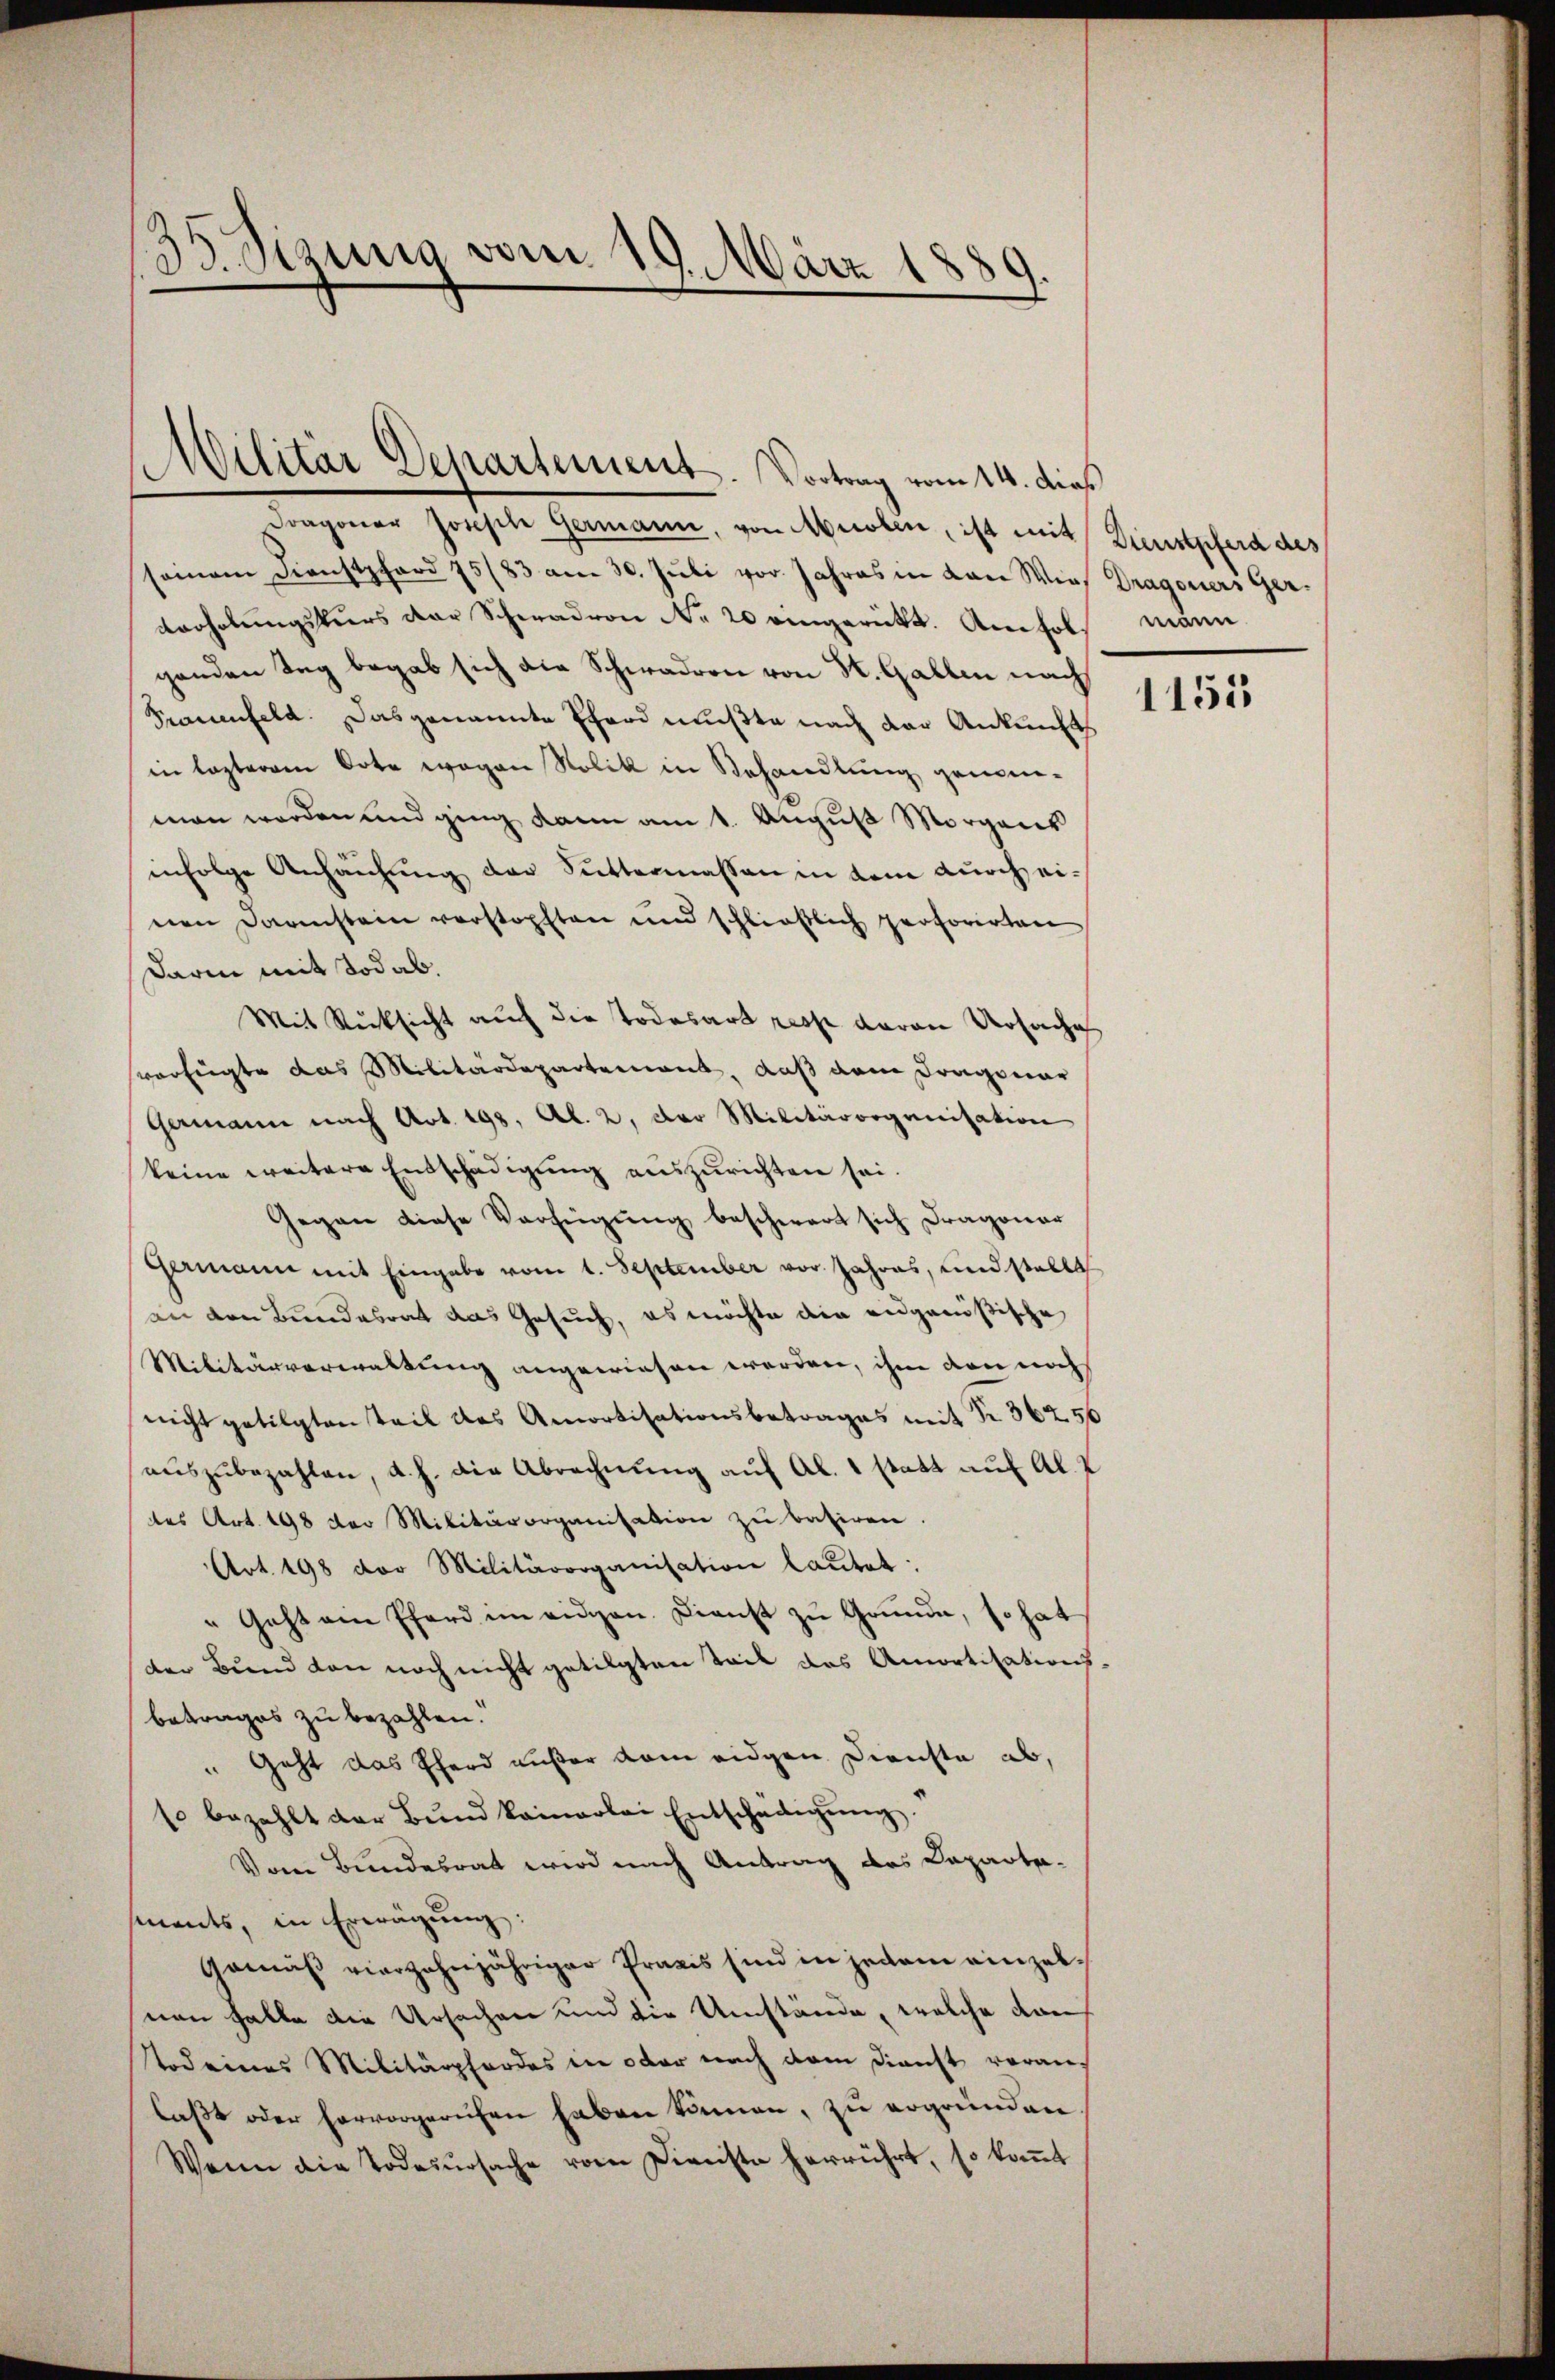
35. Sizung vom 19. März 1889.

Militär Departement. Vortrag vom 14. dieß

Dragoner Joseph Germann, von Muolen, ist mit Dienstpferd des
seinem Dienstpfard 75/83 am 30. Juli vor. Jahres in von Wies Dragoniers Gerverholungskurs der Schwadron No 20 eingerückt. Angehol
ganden Tag begab sich die Schwadron von K. Gallen nach
Prauenfeld. Das genannte Eferd mußte nach der Ankunft
in lezterem Orte wegen Nolik in Behandlung genomman worden und ging kann am 1. August Morgens
infolge Anhausung der Suttermassen in dem durch einen Darinstein verstopften und schließlich perforirten
Darin mit Tod ab.
Mit Rücksicht auch die Todesart resse daran Ursache
verfügte das Militärdepartement, daß dem Dragonar
Germann nach Art. 198, Al. 2, der Militärorganisation
keine weitere Entschädigung auszurichten sei.
Gegen diese Verfügung beschwert sich Dragonar
Germann mit Eingabe vom 1. September vor Jahres, und stellt
an den Bundesrat das Gesuch, es möchte die eidgenößische
Militärverwaltung angewiesen werden, ihm von noch
nicht getilgten Teil das Amortisationsbetrages mit Nr. 56256
auszubezahlen, d. h. die Abrechnung auf Al. 1 statt auf Al. P
des Art. 198 der Militärorganisation zu basiren.
Art. 198 der Militärorganisation lautet:
"Geht ein Pferd im eidgen. Dienst zu Grunde, so hat
der Bund von noch nicht getilgten Teil das Amortisations-
betrages zu bezahlen.
" Geht das Pferd außer dem eidgen. Dienste ab,
10 bezahlt der Bŭnd kamerlei Entschädigŭng.
Vom Bundesrat wird nach Antrag des Caparta-
ments, in Erwägŭng:
Gemäß vierzehnjähriger Praxis sind in jedem einzelnen Falle die Ursachen und die Umstände, welche dan
todeines Militärpfordes in oder nach dem Dienst voran-
laβt oder hervorgerufen haben können, zu ergründen.
Wenn die Todesursache vom Dienste herrührt, so koṁt

männ

1155